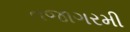
તજાગરમી